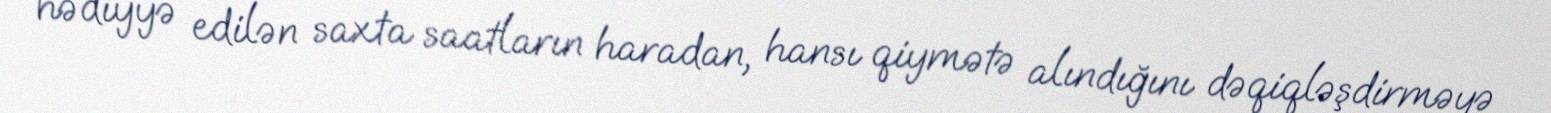
hədiyyə edilən saxta saatların haradan, hansı qiymətə alındığını dəqiqləşdirməyə